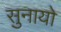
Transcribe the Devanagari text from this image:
सुनायो